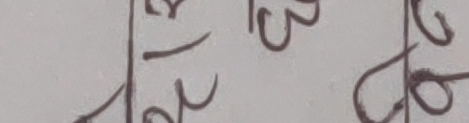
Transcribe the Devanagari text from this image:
२ १२ ३८ २७